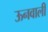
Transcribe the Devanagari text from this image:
ऊनवाली